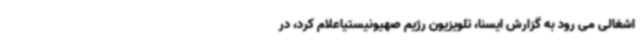
اشغالی می رود به گزارش ایسنا، تلویزیون رژیم صهیونیستیاعلام کرد، در